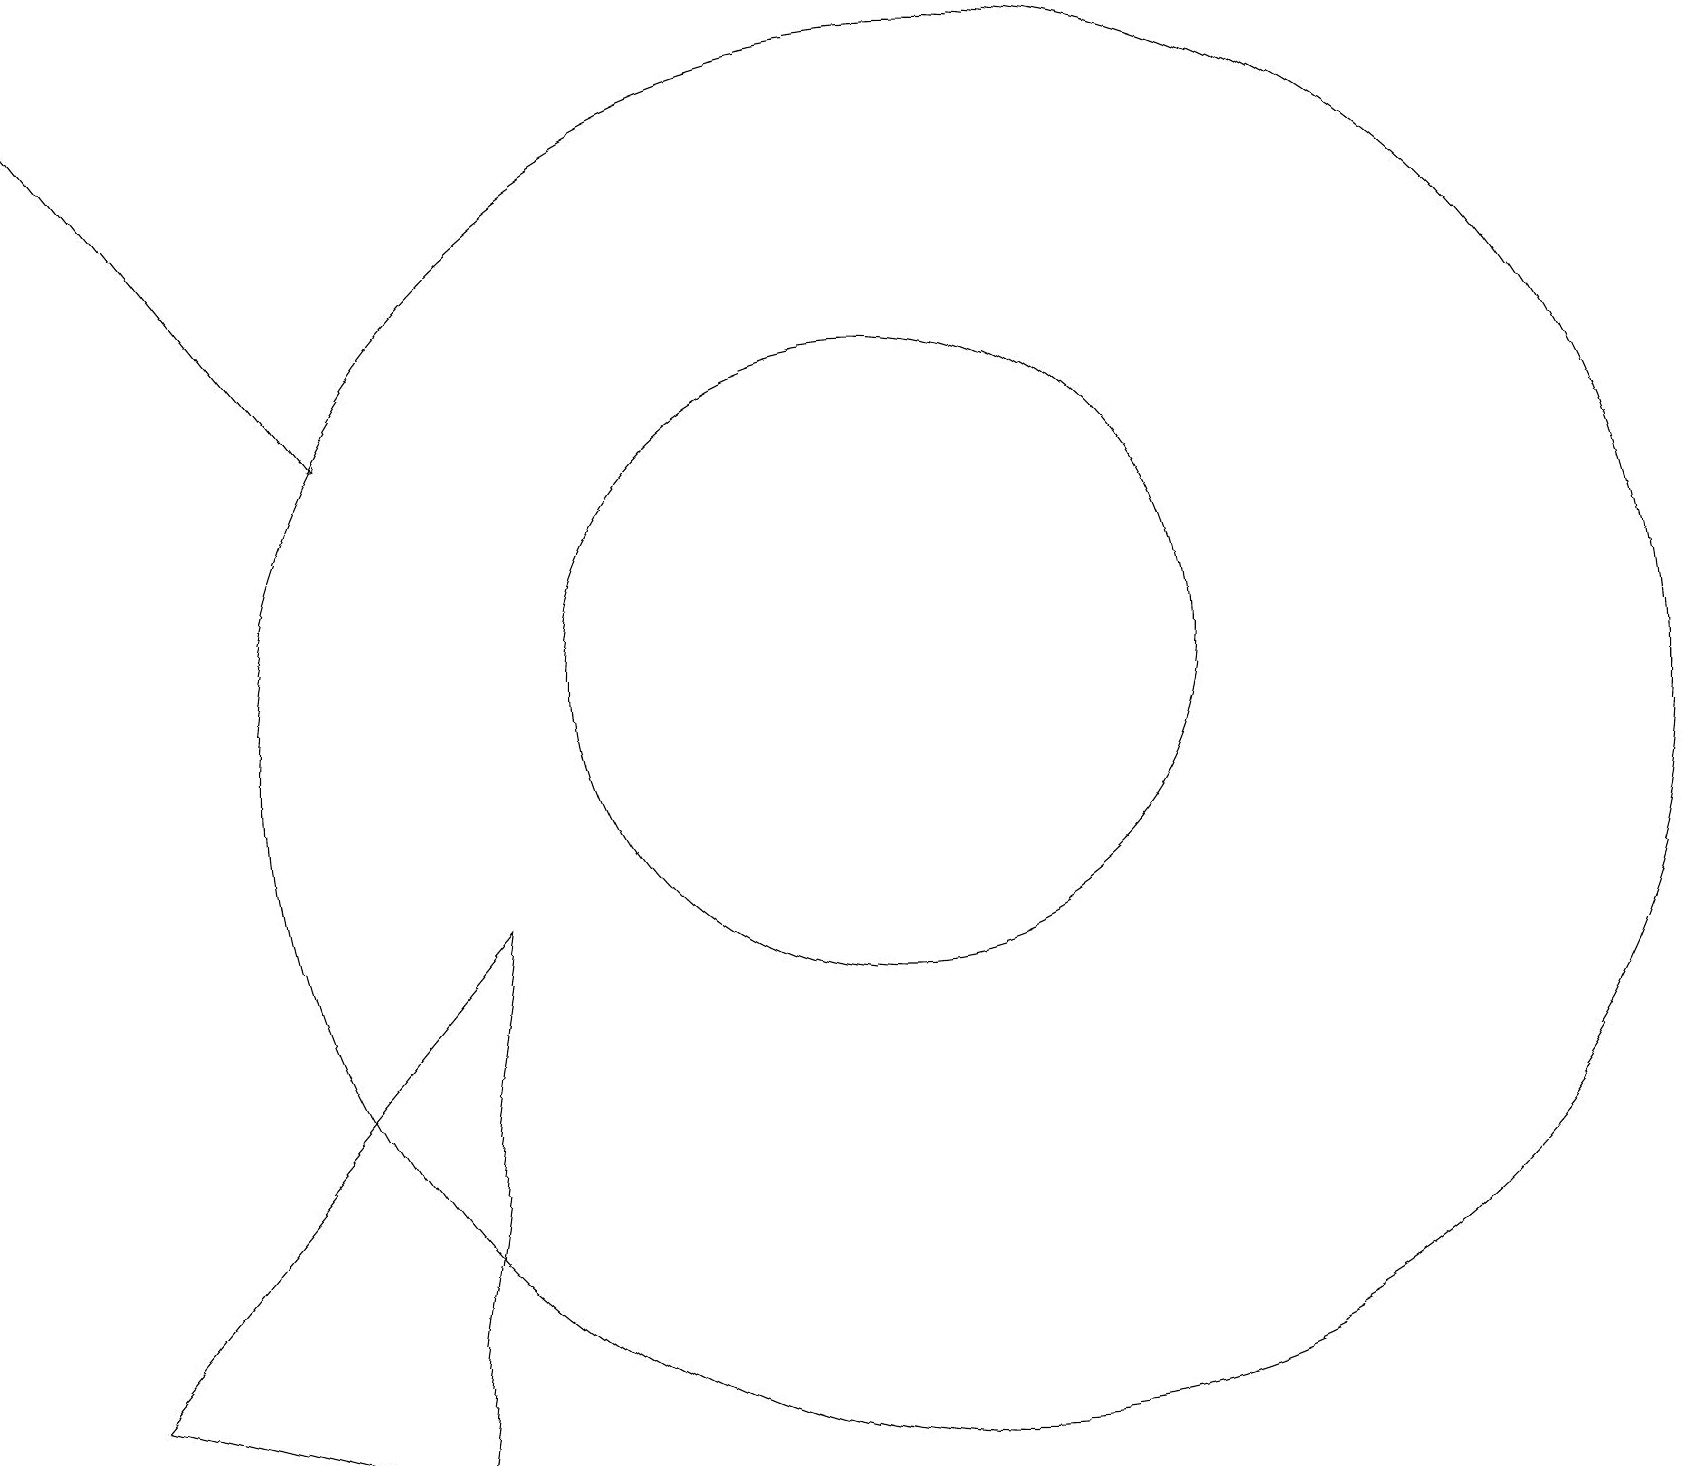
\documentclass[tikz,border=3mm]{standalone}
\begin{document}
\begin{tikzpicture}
\draw (11,11) circle (4);
\draw (5,1) -- (1,2) -- (6,8) -- cycle;
\draw (7,15) rectangle (7,15);
\draw (12,10) circle (9);
\draw[->] (0,19) -- (4,14);
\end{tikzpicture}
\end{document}